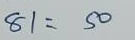
81 = 50